Vaccine operations Central Provinces 1900-1911 - 1900-1911
Year: 1900
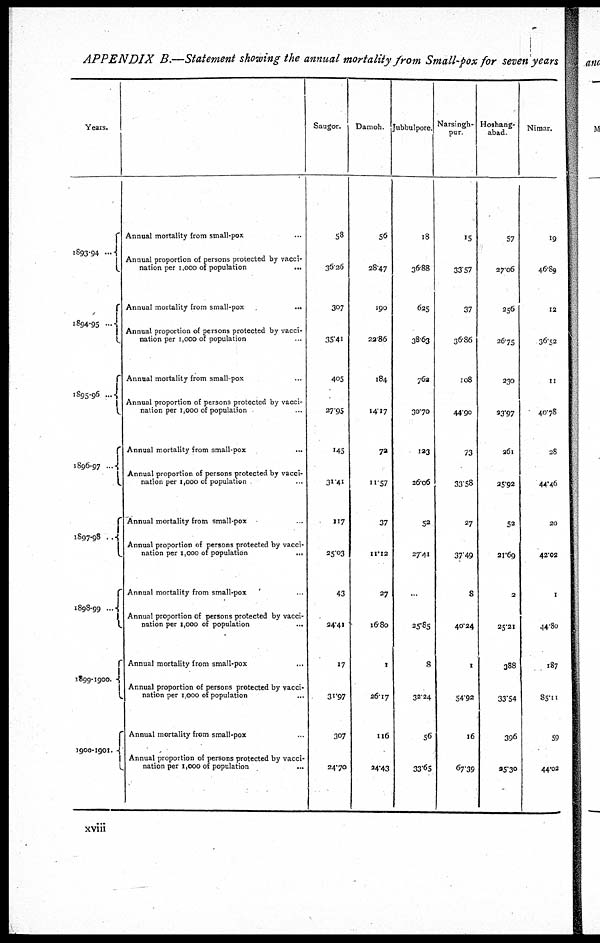
APPENDIX B.—Statement showing the annual mortality from Small-pox for seven years
Years.
1893-94 ...
1894-95 ...
1895-96 ...
1896-97
...
1897-98
...
1898-99 ...
1899-1900.
1900-1901.
Annual mortality from small-pox ...
Annual proportion of persons protected by vacci-
nation per 1,000 of population
...
Annual mortality from small-pox
...
Annual proportion of persons protected by vacci-
nation per 1,000 of population
Annual mortality from small-pox ...
Annual proportion of persons protected by vacci-
nation per 1,000 of population ...
Annual mortality from small-pox ...
Annual proportion of persons protected by vacci-
nation per 1,000 or population ...
Annual mortality from small-pox ...
Annual proportion of persons protected by vacci-
nation per 1,000 of population
...
Annual mortality from small-pox ...
Annual proportion of persons protected by vacci-
nation per 1,000 of population ...
Annual mortality from small-pox
Annual proportion of persons protected by vacci-
nation per 1,000 of population ...
Annual mortality from small-pox ...
Annual proportion of persons protected by vacci-
nation per 1,000 of population ...
Saugor.
58
36.26
307
35.41
405
27.95
145
31.41
117
25.03
43
24.41
17
31.97
307
24.70
Damoh.
56
28.47
190
22.06
184
14.17
72
11.57
37
11.12
27
16.80
I
26.17
116
24.43
Jubbulpore.
18
36.88
625
38.63
762
30.70
123
26.06
52
27.41
...
25.85
8
32.24
56
33.65
Narsingh¬
pur
15
33.57
37
36.86
108
44.90
73
33.58
27
37.49
8
40.24
1
54.92
16
67.39
Hoshang¬
abad.
57
27.06
256
26.75
230
23.97
261
25.92
52
21.69
2
25.21
388
33.54
396
25.30
Nimar.
19
46.89
12
36.52
11
40.78
28
44.46
20
42.02
1
44.80
187
85.11
59
44.02
xviii